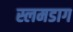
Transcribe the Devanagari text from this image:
स्लमडाग